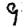
Digit: 9